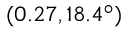
( 0 . 2 7 , 1 8 . 4 ^ { \circ } )